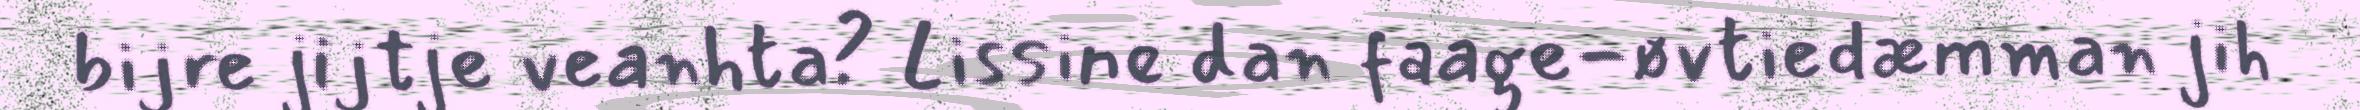
bijre jijtje veanhta? Lissine dan faage-øvtiedæmman jih